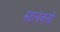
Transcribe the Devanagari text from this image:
सालवनो